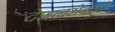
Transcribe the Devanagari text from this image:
देशांबरोबरचे